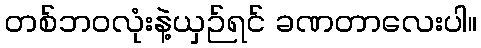
တစ်ဘဝလုံးနဲ့ယှဉ်ရင် ခဏတာလေးပါ။